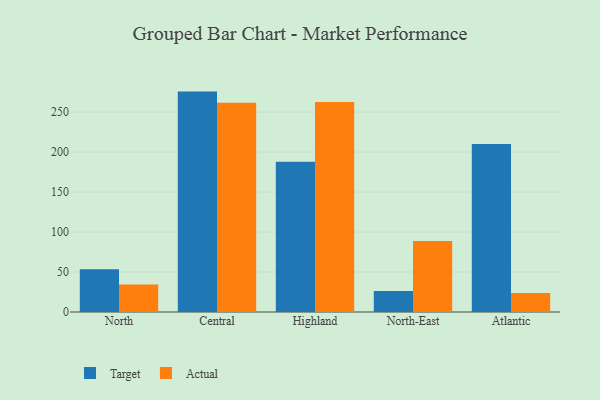
{"axis": {"x": "Region", "y": "Satisfaction Score"}, "legend": ["Actual", "Target"], "data": [{"x": "North", "y": 53.5, "type": "Target"}, {"x": "North", "y": 34.3, "type": "Actual"}, {"x": "Central", "y": 275.6, "type": "Target"}, {"x": "Central", "y": 261.6, "type": "Actual"}, {"x": "Highland", "y": 188.0, "type": "Target"}, {"x": "Highland", "y": 262.5, "type": "Actual"}, {"x": "North-East", "y": 26.3, "type": "Target"}, {"x": "North-East", "y": 88.7, "type": "Actual"}, {"x": "Atlantic", "y": 210.2, "type": "Target"}, {"x": "Atlantic", "y": 23.7, "type": "Actual"}]}